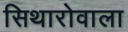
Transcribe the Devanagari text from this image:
सिथारोवाला